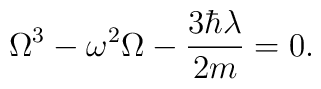
\Omega^3 - \omega^2 \Omega - \frac{3 \hbar \lambda}{2m} = 0.